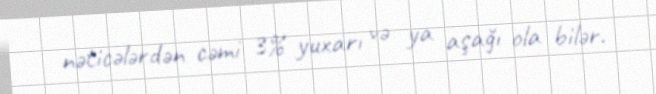
nəticələrdən cəmi 3% yuxarı və ya aşağı ola bilər.